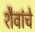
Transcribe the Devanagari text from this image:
शैवांचे